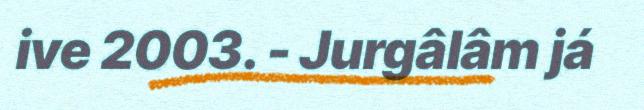
ive 2003. - Jurgâlâm já